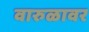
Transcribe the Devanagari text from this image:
वारुळावर